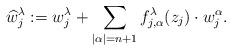
LaTeX: \begin{align*}\widehat{w}_j^\lambda:=w_j^\lambda+\sum_{|\alpha|=n+1}f_{j, \alpha}^\lambda(z_j) \cdot w_j^\alpha. \end{align*}